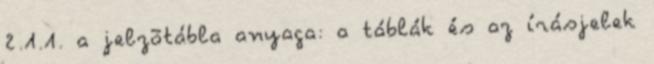
2.1.1. a jelzõtábla anyaga: a táblák és az írásjelek